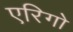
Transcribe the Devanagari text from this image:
एरिगो